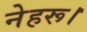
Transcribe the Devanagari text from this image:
नेहरू।